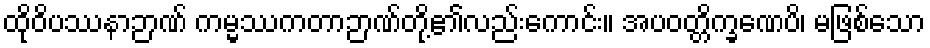
ထိုဝိပဿနာဉာဏ် ကမ္မဿကတာဉာဏ်တို့၏လည်းကောင်း။ အပဝတ္တိက္ခဏေပိ၊ မဖြစ်သော